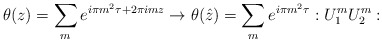
\begin{align*}\theta (z) = \sum_m e^{i\pi m^2 \tau + 2\pi imz} \rightarrow\theta(\hat{z}) =\sum_m e^{i \pi m^2 \tau} : U_1^m U_2^m :\end{align*}